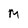
Character: m